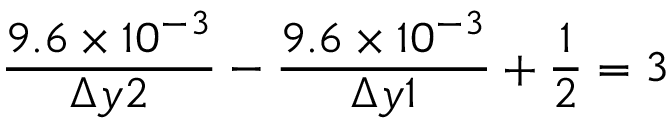
\frac { 9 . 6 \times 1 0 ^ { - 3 } } { \Delta y 2 } - \frac { 9 . 6 \times 1 0 ^ { - 3 } } { \Delta y 1 } + \frac { 1 } { 2 } = 3